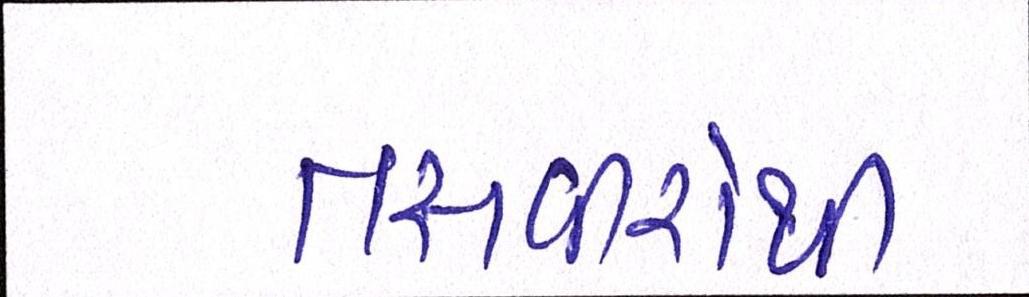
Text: તસવીરોથી